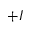
+ I